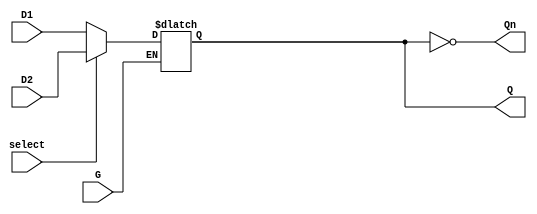
module dual_input_gated_latch (
    input wire D1,        // First Data Input
    input wire D2,        // Second Data Input
    input wire G,         // Gate Control Signal
    input wire select,    // Selection Control Signal (0 for D1, 1 for D2)
    output reg Q,         // Latch Output
    output wire Qn        // Inverted Latch Output
);

// Inverted output
assign Qn = ~Q;

// Always block for latch behavior
always @(*) begin
    if (G) begin
        // If G is high, select between D1 and D2
        if (select) begin
            Q = D2;  // Select D2
        end else begin
            Q = D1;  // Select D1
        end
    end
    // If G is low, hold the previous state of Q
end

endmodule